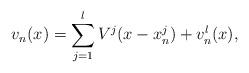
LaTeX: \begin{align*}v_n(x) = \sum_{j=1}^l V^j(x-x^j_n) + v^l_n(x), \end{align*}